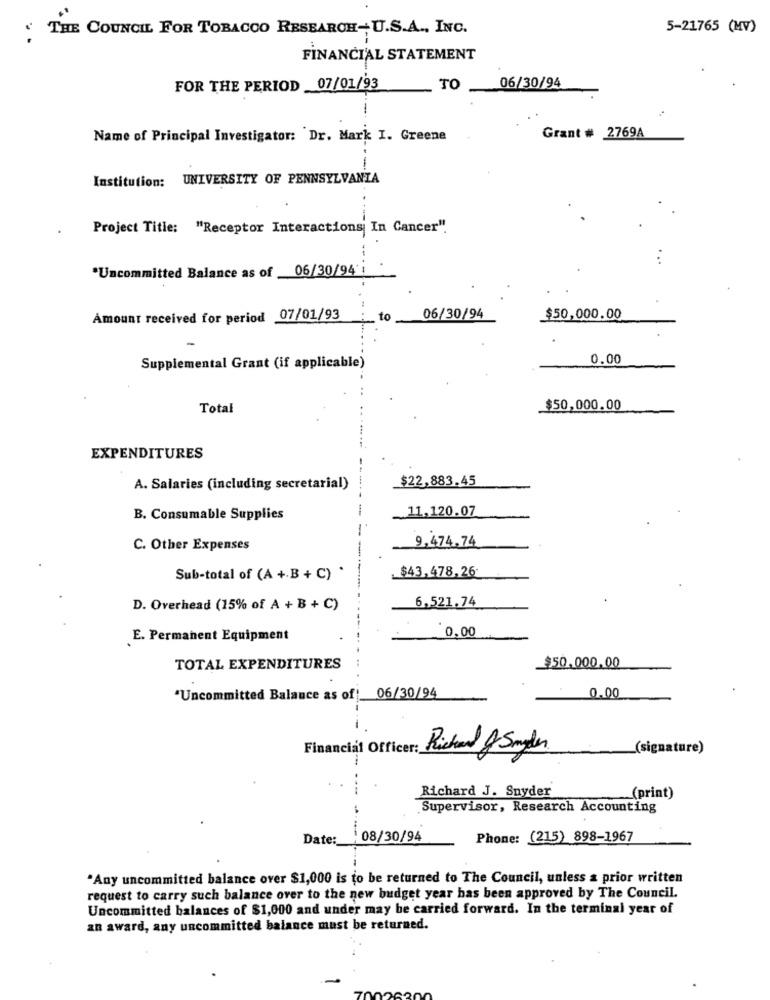
" THE COUNCIL FOR TOBACCO RESEARCH-U.S.A ., INC.
5-21765 (MV)
--
FINANCIAL STATEMENT
FOR THE PERIOD
07/01/93
TO
06/30/94
-
Name of Principal Investigator: Dr. Mark I. Greene
Grant # 2769A
-
Institution: UNIVERSITY OF PENNSYLVANIA
Project Title: "Receptor Interactions In Cancer".
...
*Uncommitted Balance as of _06/30/94'
Amount received for period 07/01/93
to
06/30/94
$50,000.00
0.00
Supplemental Grant (if applicable)
Total
$50,000.00
EXPENDITURES
$22,883.45
A. Salaries (including secretarial)
B. Consumable Supplies
.11,120.07
9,474,74
C. Other Expenses
Sub-total of (A + B + C) .
_$43,478,26
6,521,74
D. Overhead (15% of A + B + C)
0,00
E. Permanent Equipment
TOTAL EXPENDITURES
$50.000,00
"Uncommitted Balance as of: 06/30/94
0.00
-
Financial Officer: Kicked Snyder
_(signature)
Richard J. Snyder
(print)
Supervisor, Research Accounting
Date:
08/30/94
Phone: (215) 898-1967
"Any uncommitted balance over $1,000 is to be returned to The Council, unless a prior written
request to carry such balance over to the new budget year has been approved by The Council.
Uncommitted balances of $1,000 and under may be carried forward. In the terminal year of
an award, any uncommitted balance must be returned.